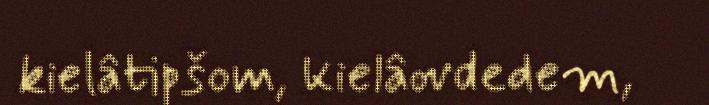
kielâtipšom, kielâovdedem,